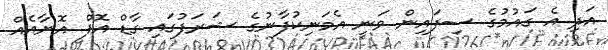
އަދި އެ ގައުމުގެ ސިފައިން ވަނީ އެމަނިކުފާނުގެ ޝަރަފުގައި ގާޑް އޮފް އޮނާއެއް